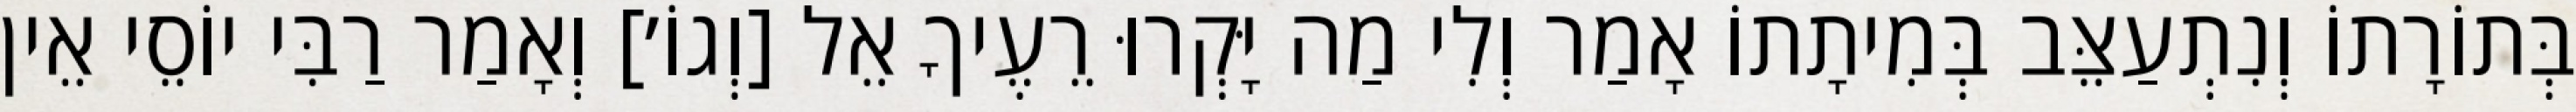
בְּתוֹרָתוֹ וְנִתְעַצֵּב בְּמִיתָתוֹ אָמַר וְלִי מַה יָּקְרוּ רֵעֶיךָ אֵל [וְגוֹ׳] וְאָמַר רַבִּי יוֹסֵי אֵין